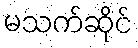
မသက်ဆိုင်